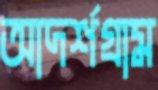
আদর্শগ্রাম